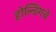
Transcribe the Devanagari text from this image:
होल्डिंगचे